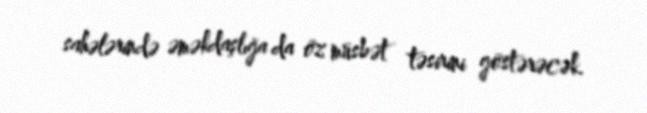
sahələrində əməkdaşlığa da öz müsbət təsirini göstərəcək.